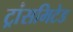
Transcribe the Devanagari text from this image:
ट्रांसमिटेड